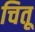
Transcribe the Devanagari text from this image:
चितू